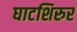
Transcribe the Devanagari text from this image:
घाटशिरुर